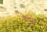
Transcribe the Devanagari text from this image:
गेलुग